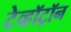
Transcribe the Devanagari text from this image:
टेव्हॉट्रॉन